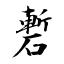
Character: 磛